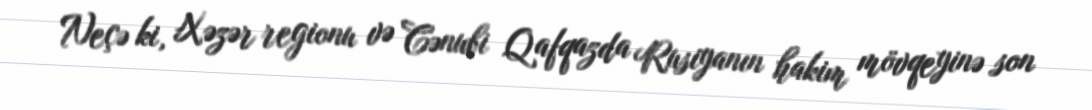
Neçə ki, Xəzər regionu və Cənubi Qafqazda Rusiyanın hakim mövqeyinə son